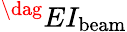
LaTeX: ^\dag EI_{\mathrm{beam}}